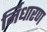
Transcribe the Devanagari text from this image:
र्निधारण